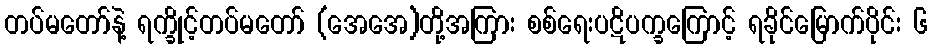
တပ်မတော်နဲ့ ရက္ခိုင့်တပ်မတော် (အေအေ)တို့အကြား စစ်ရေးပဋိပက္ခကြောင့် ရခိုင်မြောက်ပိုင်း ၆